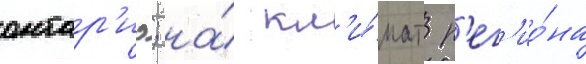
онтар'ио; на́ кл'и́мат р'ег'ио́на